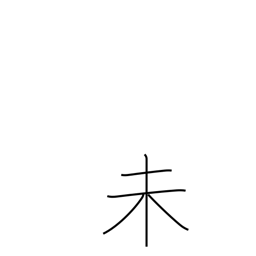
Meaning: sign of the ram